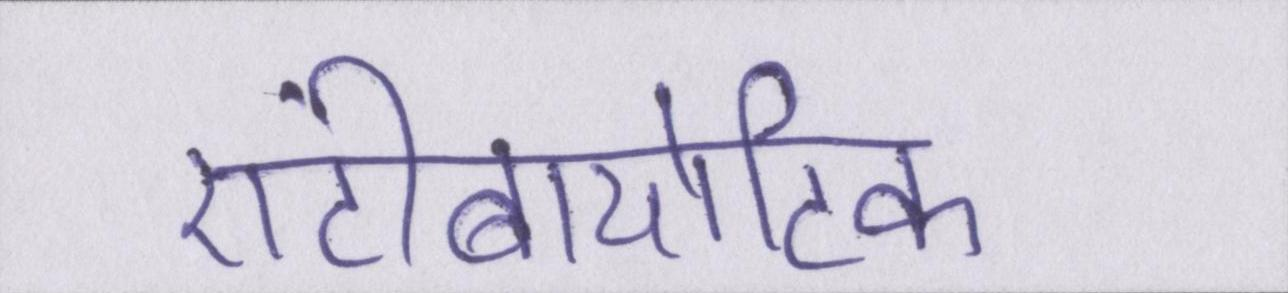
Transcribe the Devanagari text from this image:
एंटीबायोटिक